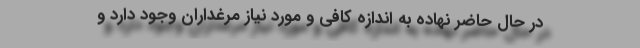
در حال حاضر نهاده به اندازه کافی و مورد نیاز مرغداران وجود دارد و